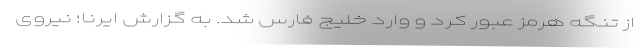
از تنگه هرمز عبور کرد و وارد خلیج فارس شد. به گزارش ایرنا؛ نیروی